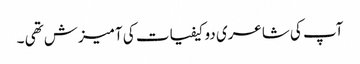
آپ کی شاعری دو کیفیات کی آمیزش تھی ۔